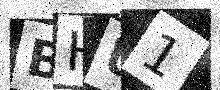
Text: BHU1